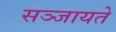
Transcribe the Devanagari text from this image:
सञ्जायते